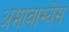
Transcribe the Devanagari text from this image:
अमावास्येस